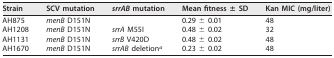
| Strain | SCV mutation | srrAB mutation | Mean fitness ± SD | Kan MIC (mg/liter) |
 | --- | --- | --- | --- | --- |
 | AH875 | menB D151N |  | 0.29 ± 0.01 | 48 |
 | AH1208 | menB D151N | srrA M55I | 0.48 ± 0.02 | 32 |
 | AH1131 | menB D151N | srrB V420D | 0.48 ± 0.02 | 48 |
 | AH1670 | menB D151N | srrAB deletiona | 0.23 ± 0.02 | 48 |